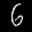
Label: 6